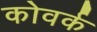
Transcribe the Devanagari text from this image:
कोवर्क